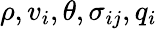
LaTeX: \rho,v_{i},\theta,\sigma_{ij},q_{i}